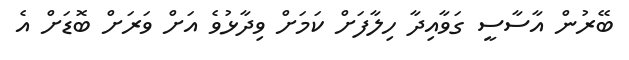
ބޭރުން އާސާސީ ގަވާއިދާ ހިލާފަށް ކަމަށް ވިދާޅުވެ އަށް ވަރަށް ބޮޑަށް އެ